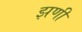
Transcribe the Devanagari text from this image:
झणी